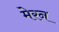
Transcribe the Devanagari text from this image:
मेरन